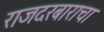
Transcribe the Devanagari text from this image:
राजदरबाराचा